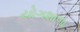
યોગશાળા